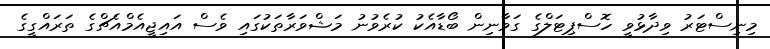
މިނިސްޓަރު ވިދާޅުވީ ހޮސްޕިޓަލްގެ ގަވާނިން ބޯޑާއެކު ކުރެވުނު މަޝްވަރާތަކުގައި ވެސް އައިޖީއެމްއެޗްގެ ތަރައްގީގެ